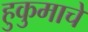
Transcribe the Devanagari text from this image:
हुकुमाचे